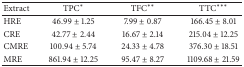
| Extract | TPC* | TFC** | TTC*** |
 | --- | --- | --- | --- |
 | HRE | 46.99 ± 1.25 | 7.99 ± 0.87 | 166.45 ± 8.01 |
 | CRE | 42.77 ± 2.44 | 16.67 ± 2.14 | 215.04 ± 12.25 |
 | CMRE | 100.94 ± 5.74 | 24.33 ± 4.78 | 376.30 ± 18.51 |
 | MRE | 861.94 ± 12.25 | 95.47 ± 8.27 | 1109.68 ± 21.59 |